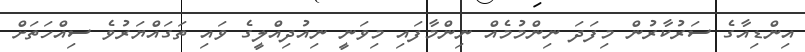
އިންޑިއާގެ ސަރުކާރުން މިފަދަ ނިންމުމެއް ނިންމާފައި މިވަނީ ނިއުދިއްލީގެ ވައި ތަގައްޔަރުވެ ސިއްހަތަށް